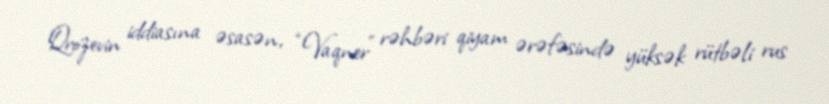
Qrozevin iddiasına əsasən, “Vaqner” rəhbəri qiyam ərəfəsində yüksək rütbəli rus